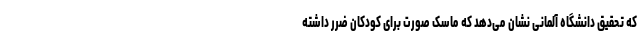
که تحقیق دانشگاه آلمانی نشان می‌دهد که ماسک صورت برای کودکان ضرر داشته